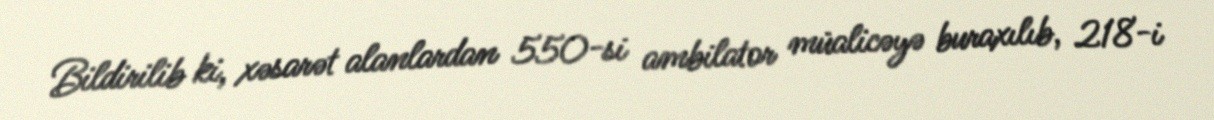
Bildirilib ki, xəsarət alanlardan 550-si ambilator müalicəyə buraxılıb, 218-i